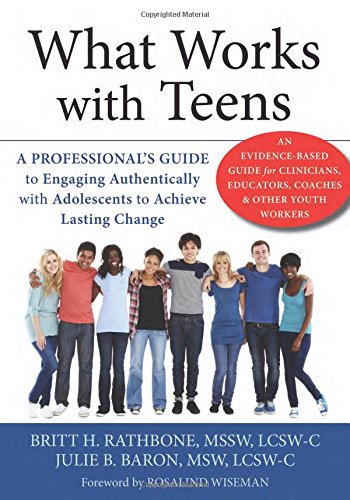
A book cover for What Works with Teens: A ProfessionalEEs Guide to Engaging Authentically with Adolescents to Achieve Lasting Change; Britt H. Rathbone MSSW  LCSW-C; Medical Books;